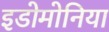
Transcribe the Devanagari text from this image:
इडोमोनिया